Report on vaccination in Madras 1904-1921 - 1904-1921
Year: 1904
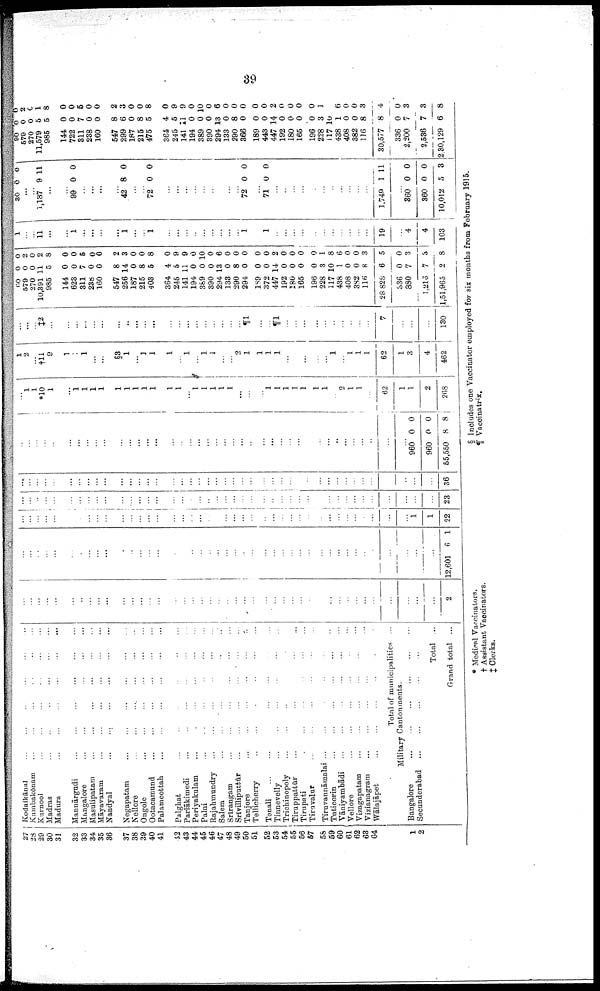
39
27
28
29
30
31
32
33
34
35
36
37
33
30
40
41
43
43
44
45
46
47
48
49
50
51
52
53
54
55
56
57
58
59
60
61
62
63
64
1
2
Kodaikānal ... ... ... ... ... ...
Kambakōnam ... ... ... ... ... ...
Kurnool ... ... ... ... ... ...
Madras
...
...
...
...
...
...
Madura
...
...
...
...
...
...
Mannārgudi
...
...
...
...
...
...
Mangalore
...
...
...
...
...
...
Masulipatam
...
...
...
...
...
...
Māyavaram ... ... ... ... ... ...
Nandyal
...
...
...
...
...
...
Negapatam ... ... ... ... ... ...
Nellore
...
...
...
...
...
...
Ongole
...
...
...
...
...
...
Ootacamund
...
...
...
...
...
...
Palamcottah
...
...
...
...
...
...
Palghat ... ... ... ... ... ...
Pariākimedi
...
...
...
...
...
...
Periyakulam
... ... ... ... ... ...
Palni ... ... ... ... ... ...
Rajahmundry
...
...
...
...
...
...
Salem ... ... ... ... ... ...
Srīrangam
...
...
...
...
...
...
Srivilliputtūr
...
...
...
...
...
...
Tanjore
...
...
...
...
...
...
Tellicherry
...
...
...
...
...
...
Tenali ... ... ... ... ... ...
Tinnevelly
...
...
...
...
...
...
Trichinopoly ... ... ... ... ... ...
Tiruppattūr ... ... ... ... ... ...
Tirupati
...
...
...
...
...
...
Tiravalur
...
...
...
...
...
...
Tiruvannāmalai ... ... ... ... ... ...
Tuticorin
...
...
...
...
...
...
Vāniyambādi
...
...
...
...
...
...
Vellore ... ... ... ... ... ...
Vi1agapatam ... ... ... ... ... ...
Vizianagram ... ... ... ... ... ...
Wālajāpet
...
...
...
...
...
...
Total of municipalities ...
Military Cantonments.
Bangalore
...
...
...
...
...
...
Secunderabad
...
...
...
...
...
...
Total ...
Grand total ...
...
...
...
...
...
...
...
...
...
...
...
...
...
...
...
...
...
...
...
...
...
...
...
...
...
...
...
...
...
...
...
...
...
...
...
...
...
...
...
...
...
...
2
...
...
...
...
...
...
...
...
...
...
...
...
...
...
...
...
...
...
...
...
...
...
...
...
...
...
...
...
...
...
...
...
...
...
...
...
...
...
...
...
...
...
12,601 6 1
...
...
...
...
...
...
...
...
...
...
...
...
...
...
...
...
...
...
...
...
...
...
...
...
...
...
...
...
... ...
...
...
...
...
...
...
...
...
...
...
1
1
22
...
...
...
...
...
...
...
...
...
...
...
...
...
...
...
...
...
...
...
...
...
...
...
...
...
...
...
...
...
...
...
...
...
...
...
...
...
...
...
...
...
...
23
...
...
...
...
...
...
...
...
...
...
...
...
...
...
...
...
...
...
...
...
...
...
...
...
...
...
...
...
...
...
...
...
...
...
...
...
...
...
...
...
...
...
36
...
...
...
...
...
...
...
...
...
...
...
...
...
...
...
...
...
...
...
...
...
...
...
...
...
...
...
...
...
...
...
...
...
...
...
...
...
...
...
...
960
960
55,550
0
0
8
0
0
8
...
1
1
*10
1
...
1
1
1
1
1
1
1
1
1
1
1
...
1
1
1
1
1
...
...
...
1
1
1
1
1
1
1
...
2
1
1
...
62
1
1
2
268
1
2
...
†11
9
1
...
1
...
...
§3
1
...
1
1
1
...
1
...
1
1
...
...
2
1
1
1
1
...
...
...
...
...
1
...
1
1
1
62
1
3
4
462
...
...
...
‡2
...
...
...
...
...
...
...
...
...
...
...
...
...
...
...
...
...
...
...
...
¶1
...
...
¶1
...
...
...
...
...
...
...
...
...
...
7
...
...
...
180
60
579
270
10,391
985
144
628
311
238
160
547
256
187
215
403
364
245
141
194
389
390
294
133
290
294
189
372
447
192
180
165
196
228
117
438
408
382
116
28 828
0
0
0
11
5
0
0
7
0
0
8
14
0
8
5
4
5
11
0
0
0
13
0
8
0
0
0
14
0
0
0
0
3
10
1
0
0
8
6
0
2
0
2
8
0
0
5
0
0
2
3
0
0
8
0
9
9
0
10
0
6
0
0
0
0
0
2
0
0
0
0
1
8
6
0
0
3
5
336
880
1,216
1,51,965
0
7
7
2
0
3
3
8
1
...
...
11
...
...
1
...
...
...
...
1
...
...
1
...
...
...
...
...
...
...
...
...
1
...
1
...
...
...
...
...
...
...
...
...
...
...
19
...
4
4
103
30 0 0
...
...
1,137 9 11
...
...
99 0 0
...
...
...
...
42 8 0
...
...
72 0 0
...
...
...
...
...
...
...
...
...
72 0 0
...
71 0 0
...
...
...
...
...
...
...
...
...
...
...
1,749 1 11
...
360
360
10,012
0
0
5
0
0
3
90
579
270
11,579
985
144
722
311
238
160
547
299
187
215
475
364
245
141
194
389
390
294
133
290
366
189
443
447
192
180
165
196
228
117
438
408
382
116
30,577
0
0
0
5
5
0
0
7
0
0
8
6
0
8
5
4
5
11
0
0
0
13
0
8
0
0
0
14
0
0
0
0
3
10
1
0
0
8
8
0
2
0 1
8
0
0
5
0
0
2
3
0
0
8
0
9
9
0
10
0
6
0
0
0
0
0
2
0
0
0
0
1
8
6
0
0
3
4
336
2,200
2,536
2,30,129
0
7
7
6
0
3
3
8
* Medical Vaccinators.
§ Includes one Vaccinator employed for six months from February 1915.
† Assistant Vaccinators.
¶ Vaccinatrix.
‡ Clerks.